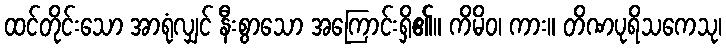
ထင်တိုင်းသော အာရုံလျှင် နီးစွာသော အကြောင်းရှိ၏။ ကိမိဝ၊ ကား။ တိဏပုရိသကေသု၊